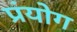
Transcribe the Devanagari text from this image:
प्रंयोग